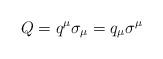
LaTeX: \begin{align*}Q = q^\mu \sigma_\mu = q_\mu \sigma^\mu\end{align*}